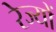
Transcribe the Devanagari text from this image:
रेज्यों